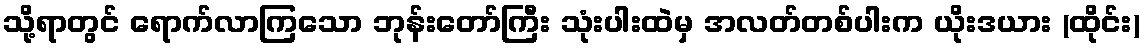
သို့ရာတွင် ရောက်လာကြသော ဘုန်းတော်ကြီး သုံးပါးထဲမှ အလတ်တစ်ပါးက ယိုးဒယား (ထိုင်း)